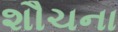
શૌચના